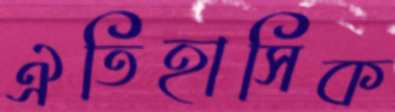
ঐতিহাসিক